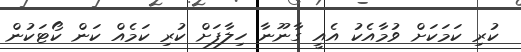
ކުރި ކަމަކަށް ވުމާއެކު އެއީ ގާނޫނާ ހިލާފަށް ކުރި ކަމެއް ކަން ކޯޓަކުން